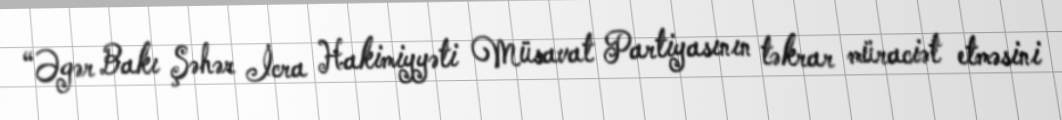
“Əgər Bakı Şəhər İcra Hakimiyyəti Müsavat Partiyasının təkrar müraciət etməsini